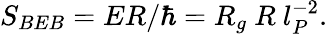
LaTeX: S_{BEB}=ER/\hbar=R_{g}~R~l_{P}^{-2}.